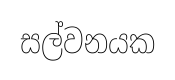
සල්වනයක